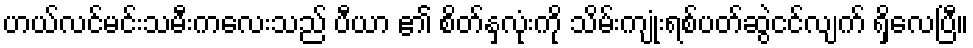
ဟယ်လင်မင်းသမီးကလေးသည် ပီယာ ၏ စိတ်နှလုံးကို သိမ်းကျုံးရစ်ပတ်ဆွဲငင်လျက် ရှိလေပြီ။